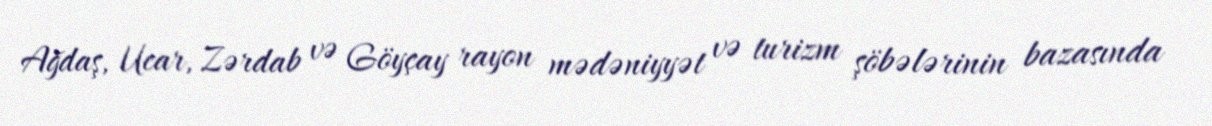
Ağdaş, Ucar, Zərdab və Göyçay rayon mədəniyyət və turizm şöbələrinin bazasında